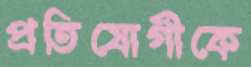
প্রতিযোগীকে